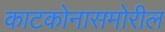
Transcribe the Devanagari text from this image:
काटकोनासमोरील